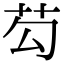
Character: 芶